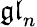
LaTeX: {\mathfrak{gl}}_{n}